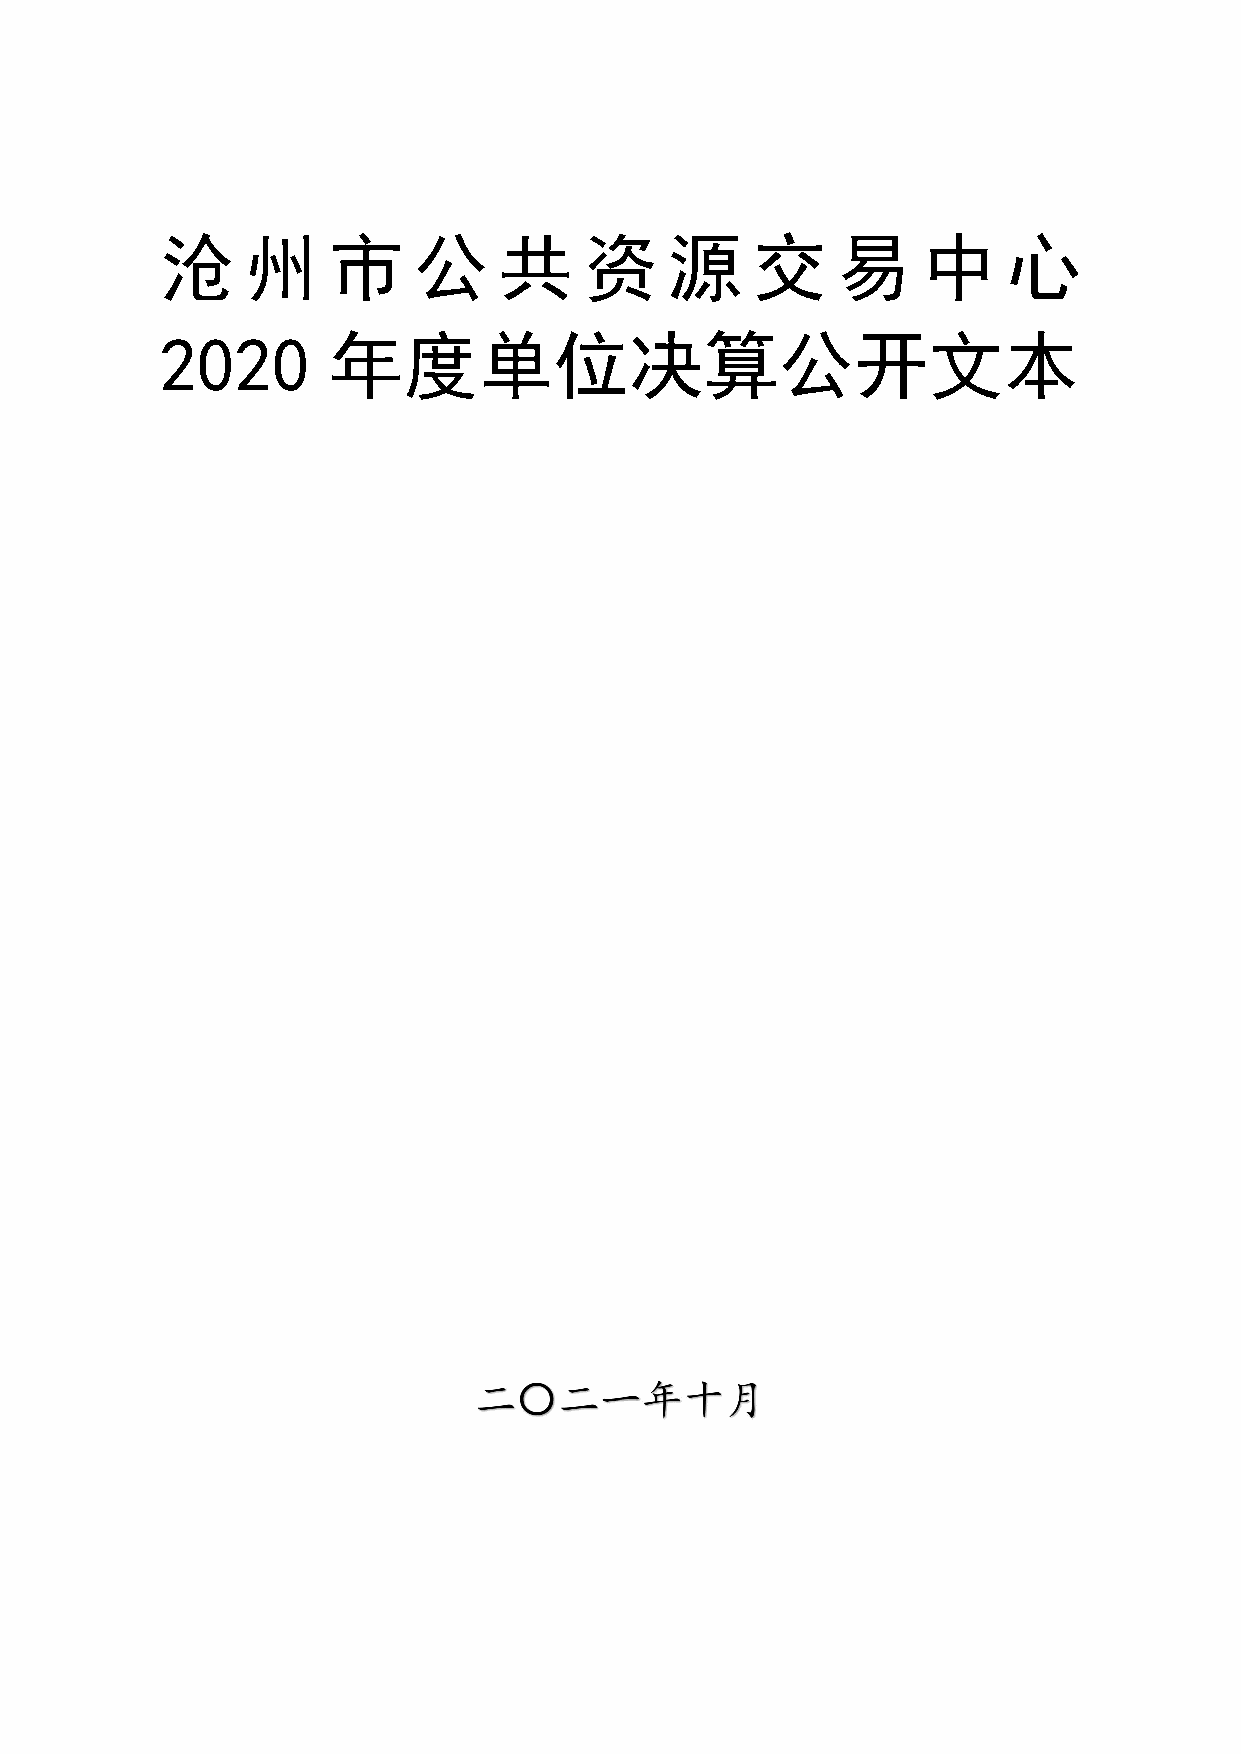
沧    州     市    公     共     资    源     交    易     中     心
 2020       年度单位决算公开文本